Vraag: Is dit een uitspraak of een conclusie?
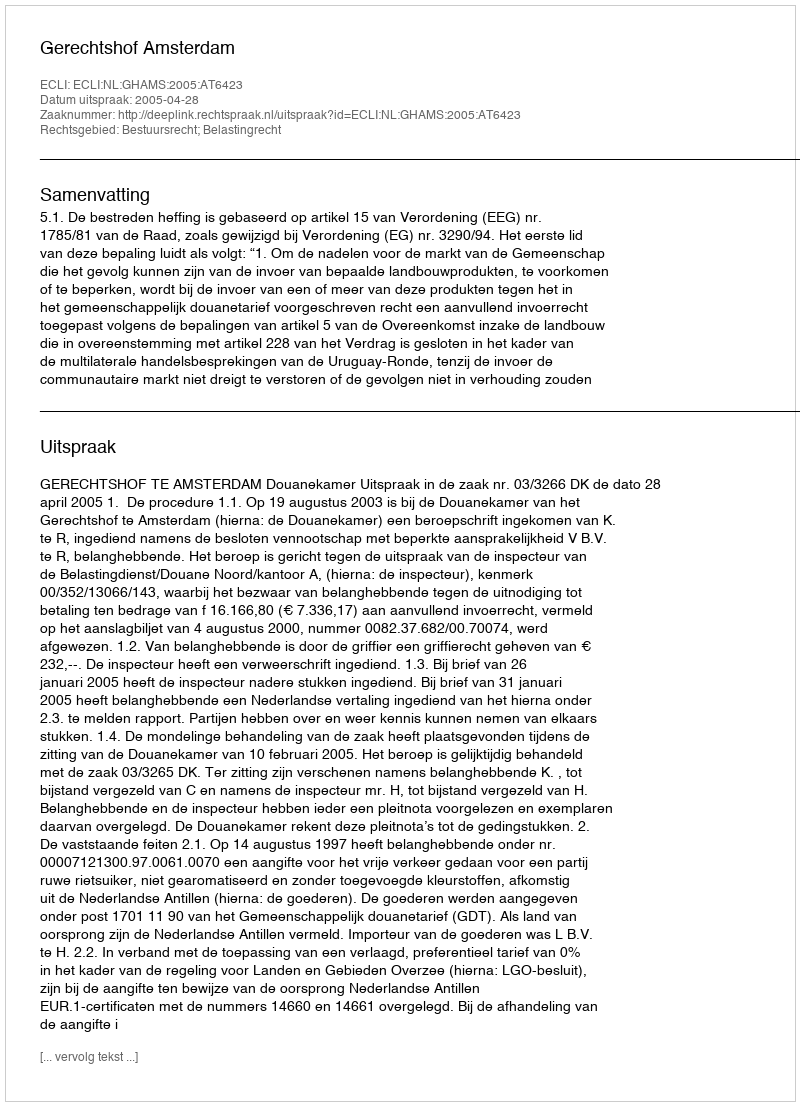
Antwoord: Uitspraak